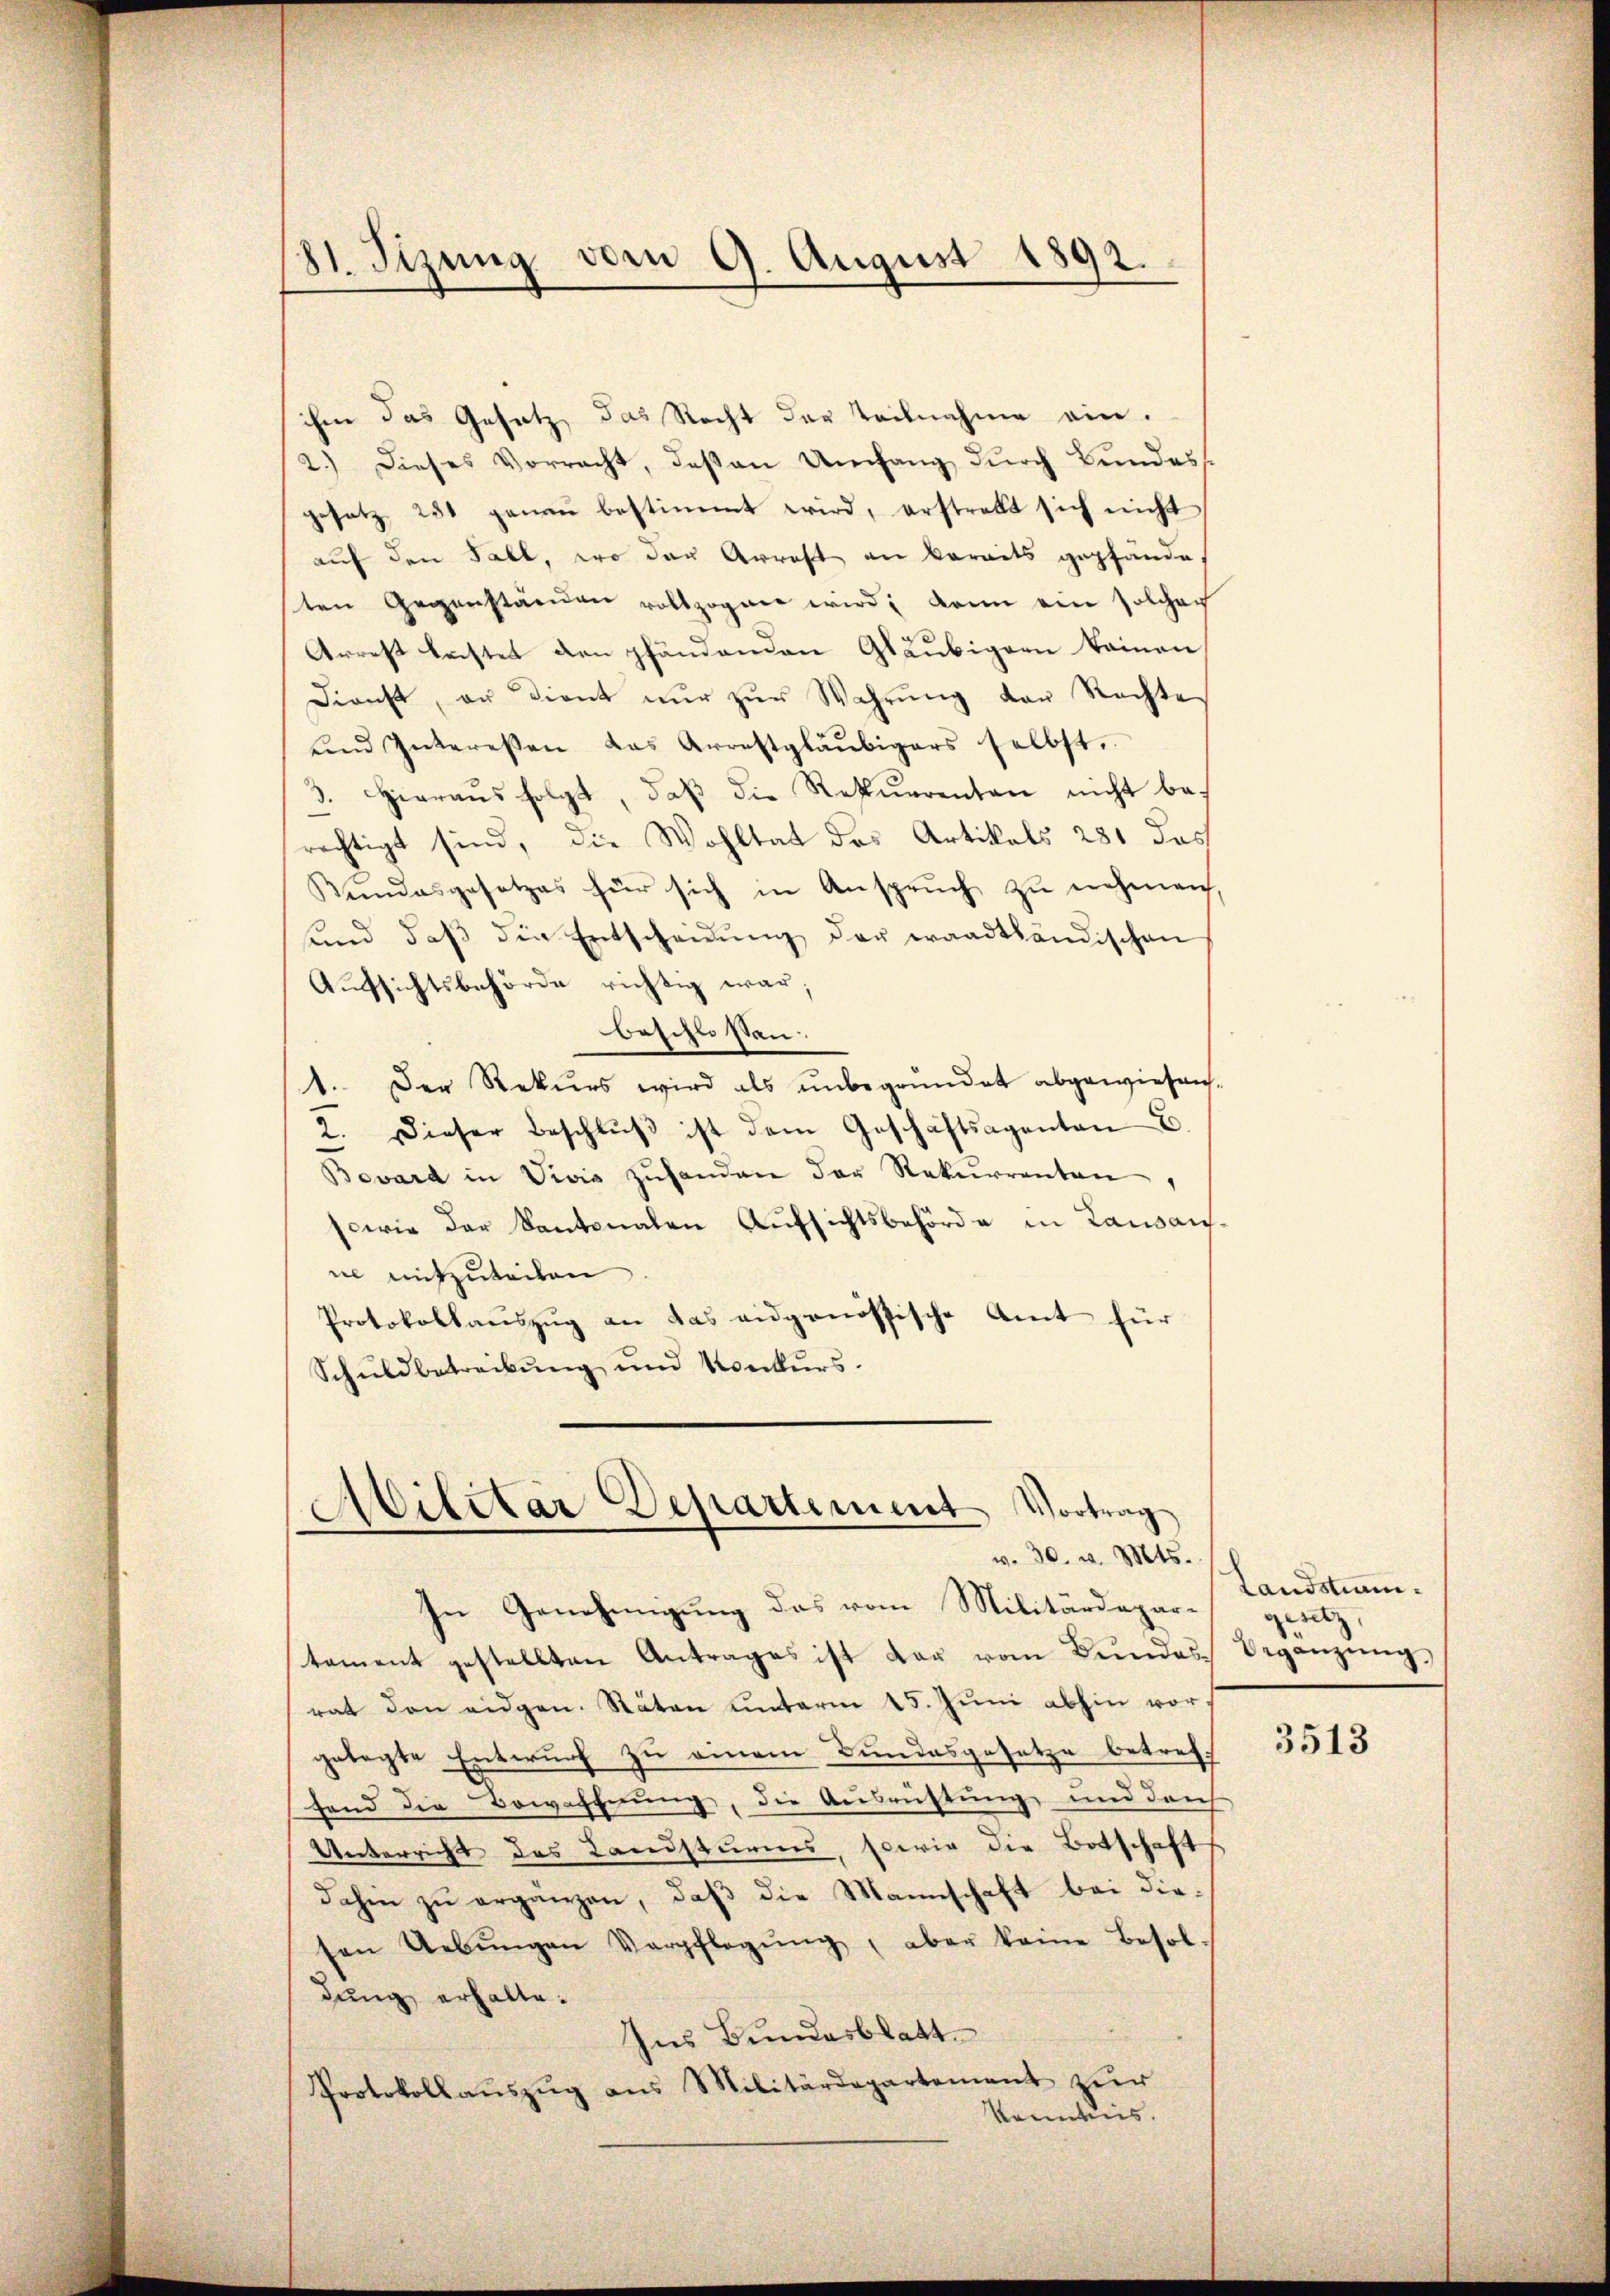
81. Sizung vom 9. August 1892.

ihm das Gesatz das Recht der Teilnahme ein.
2.) Dieses Vorracht, daß an Umfang dŭrch Bundess
gesetz 250 genau bestimmt wird, erstrebt sich nicht
auf den Fall, wo der Arrest an bereits gepfände,
ten Gegenständen vollzogen wird; dann ein solcher
Arrest leistet den pfändenden Gläubigern keinen,
Dienst, an dient nŭr zŭr Wahrŭng der Rechte
ŭnd Interessen das Arrestgläubigers selbst,
3. Hieraŭs folgt, daβ die Rekurrenten nicht bes
rechtigt sind, die Wohltat des Artikals 281 das
Bŭndesgesetzes für sich in Ansprŭch zŭ nehmen,
ŭnd daβ die Entscheidŭng der waadtländischen
Aufsichtsbehörde richtig war;
beschlossen:
1. Der Rekurs wird als unbegründet abgewiesens-
2. Dieser Beschlŭβ ist dem Geschäftsagenten E.
Bevard in Vivis zŭhanden der Rekurrenten,
sowie der Kantonalen Aufsichtsbehörde in Lausausne mitzuteilen
Protokollauszug an das eidgenössische Amt für
Schuldbetreibung und Konkurs.

Abilitar Departement Vortrag
v. 30. v. Mts.
In Genehmigung das vom Militärdepari gesetz,

tament gestellten Antrages ist dar vom Bŭndes Beganzŭng,
rat den eidgen. Stäten unterm 15. Juni abhin vors
gelegte Entwurf zu einem Bundesgesetze betreff
fend die Bewaffnung, die Ausrüstung und durch
Unterricht des Landsturms, sowie die Botschaft
dahin zŭ ergänzen, daβ die Mannschaft bei diesen Uebŭngen Verpflegŭng, aber keine Besoldung erhalte.
Ins Bundesblatt.
Protokollaŭszŭg ans Militärdepartement zŭr
kenntnis.

Landstim¬

3513